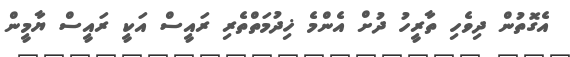
އެގޮތުން ދިވެހި ތާރީހު ދުށް އެންމެ ޚިދުމަތްތެރި ރައީސް އަކީ ރައީސް ޔާމީން